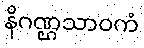
နိဂဏ္ဌသာဝကံ